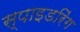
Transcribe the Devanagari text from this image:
स्पाइडरिंग